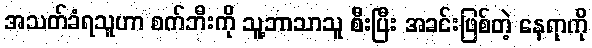
အသတ်ခံရသူဟာ စက်ဘီးကို သူ့ဘာသာသူ စီးပြီး အခင်းဖြစ်တဲ့ နေရာကို